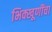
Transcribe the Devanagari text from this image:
भिक्खूणींचा